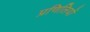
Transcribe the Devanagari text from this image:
प्रणिलियों